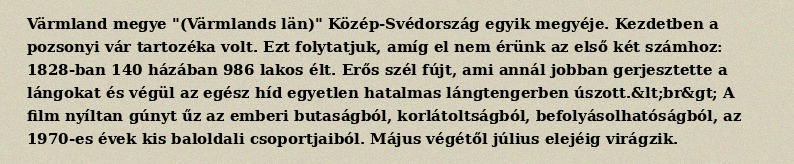
Värmland megye "(Värmlands län)" Közép-Svédország egyik megyéje. Kezdetben a pozsonyi vár tartozéka volt. Ezt folytatjuk, amíg el nem érünk az első két számhoz: 1828-ban 140 házában 986 lakos élt. Erős szél fújt, ami annál jobban gerjesztette a lángokat és végül az egész híd egyetlen hatalmas lángtengerben úszott.&lt;br&gt; A film nyíltan gúnyt űz az emberi butaságból, korlátoltságból, befolyásolhatóságból, az 1970-es évek kis baloldali csoportjaiból. Május végétől július elejéig virágzik.